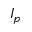
I _ { p }